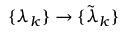
\{ \lambda _ { k } \} \rightarrow \{ \tilde { \lambda } _ { k } \}